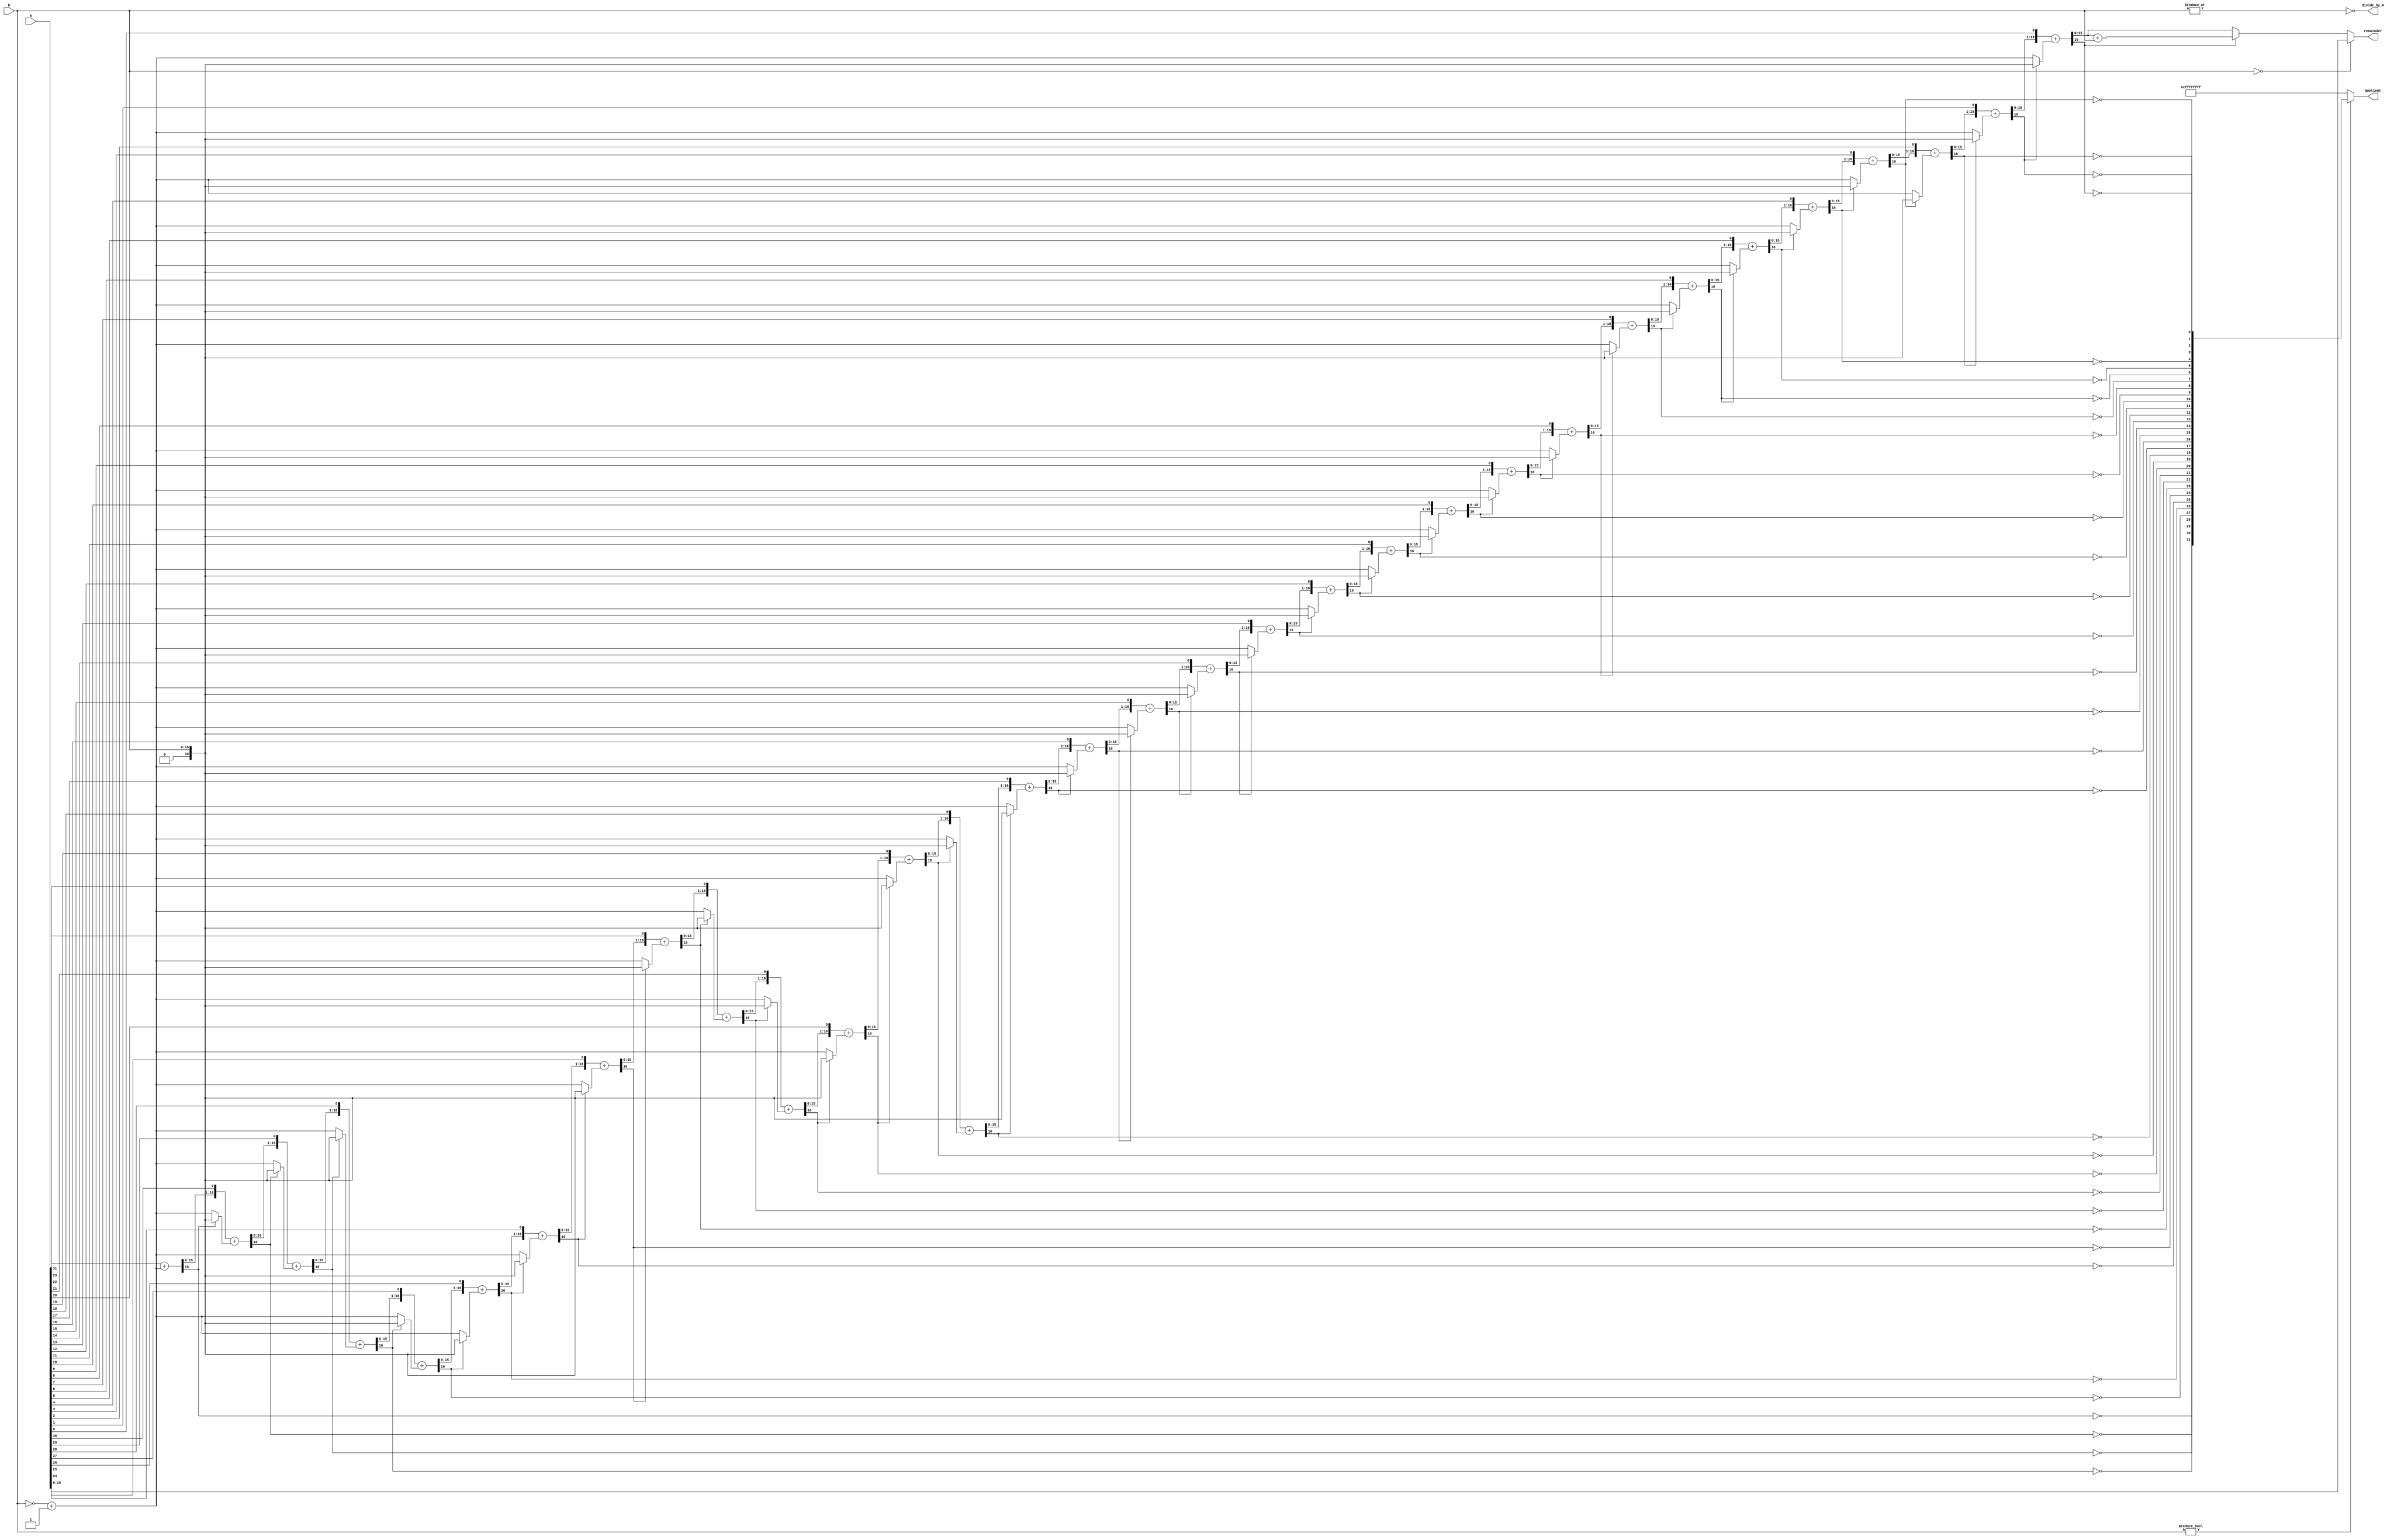


//--------------------------------------------------------------------------------------------------
//
// Title       : DW_div
// Design      : DW_div

// 
// Fixes			 : 1. Functional Mismatch when -A(max)/-1 
//							 	  Quotient and Remainder changed accordingly
//							 2. Remainder sign extended when tc_mode=1 and b=0  -- Nithin
//-------------------------------------------------------------------------------------------------
// Description : DW_div is a combinational integer divider with	both quotient and remainder outputs. 
// This component divides the dividend, a, by the divisor, b, to produce the quotient and remainder.
// Optionally, the remainder output computes the modulus.
//
// The sign of the remainder is the sign of the A input.
// The sign of the modulus is the sign of the B input.
//-------------------------------------------------------------------------------------------------
`timescale 1ns / 10ps
module DW_div (a, b, quotient, remainder, divide_by_0);
parameter a_width = 32;
parameter b_width = 16;
parameter tc_mode = 0;
parameter rem_mode = 1;

input [a_width - 1 : 0] a;
input [b_width - 1 : 0] b;

output [b_width - 1 : 0] remainder;
output [a_width - 1 : 0] quotient;
output                   divide_by_0;

//Internal signal declaration
reg [a_width - 1 : 0 ]     quotient;
reg [b_width - 1 : 0]      remainder;
wire [a_width - 1 : 0 ]    param1;
wire [b_width - 1: 0 ]     param2;
wire [a_width - 1 : 0 ]    quot;
wire [a_width - 1 : 0 ]    quotient_2s;
wire [a_width - 1 : 0 ]    temp;
wire [b_width - 1: 0 ]     mod;

//Output assignment
assign divide_by_0 = ~|b;

//Internal signal assignment
assign param1 = tc_mode ? ( a[a_width -1] ? (~a + 1'b1) : a ) : a; 
assign param2 = tc_mode ? ( b[b_width -1] ? (~b + 1'b1) : b ) : b; 

`ifdef _synplify_asic_
     assign quot = param1/param2;
     assign mod = param1 % param2; 			
`else
	assign {quot,mod} = div ( param1, param2 ); 
	/* Function to get the quotient and remainder. Shift/subtract non-restoring algorithm is implemented*/
function [ a_width + b_width - 1 : 0 ] div;
input [a_width - 1 : 0 ] a;
input [b_width - 1: 0 ] b;

reg [b_width : 0 ] sum;//width = B_width + 1
reg [a_width - 1 : 0 ] dividend;
reg [b_width : 0 ] rem_adjust;
reg [b_width : 0 ] temp_b;
reg [b_width - 1: 0 ] rem;
integer i; 

begin		
	sum = {b_width{1'b0}};
	dividend = a;
	sum[0] = a[a_width - 1]; //MSB
	dividend = dividend << 1'b1;	 
	temp_b = ~b + 1'b1;
   	sum = sum + temp_b;
	dividend[0] = ~sum[b_width];
	for ( i = 0 ; i <  a_width - 1'b1 ; i = i + 1'b1 )
		begin
			if ( sum[b_width] )// 1 = -ve, 0 = +ve
				begin
					temp_b = b; 
				end
			else
				begin
				    temp_b = ~b + 1'b1;
				end
		    sum = sum << 1'b1;
		    sum[0] = dividend[a_width - 1];
		    dividend = dividend << 1'b1;
		   	sum = sum + temp_b;
			dividend[0] = ~sum[b_width];
		end
	
	rem_adjust = sum[b_width] ? sum + b : sum;//If remainder is -ve add divisor	
	rem = rem_adjust[b_width - 1: 0];
	div = {dividend, rem} ;
end

endfunction					 

`endif 

assign quotient_2s = ~quot + 1'b1;
assign temp = (a[a_width -1] ^ b[b_width - 1]) ?
                                {1'b1,quotient_2s} : {1'b0,quot};
							
//Output assignment								
always @( a or b or mod )	
	if ( rem_mode == 1 )
		begin
			if (b == 0)
				begin
					if(tc_mode)
						remainder = $signed(a);
					else
						remainder = a;
				end
//			remainder = tc_mode ? $signed(a[b_width-1:0]) : a;
			else if (tc_mode == 1 && b == {b_width{1'b1}} &&  a == {1'b1,{a_width - 1 {1'b0}}})	
			//	remainder = {b_width{1'b1}};
				remainder = 0;
			else if ((tc_mode == 1) && ( mod != 0 ) && ( a[a_width-1] == 1)) 
				remainder = ~mod + 1'b1;  //The sign of the result is the sign of A input or B input based on rem_mode
			else
				remainder = mod;
		end
	else
		begin  
			if ( tc_mode )
				begin
					if (b == 0)
						remainder = $signed(a[b_width-1:0]);		
					else if ( (b == { b_width {1'b1}}) && ( a == {1'b1,{a_width - 1 {1'b0}}}))
				//	remainder = {b_width{1'b1}};					
						remainder = 0;	
					else
						case ({a[a_width-1],b[b_width-1]})
							2'b00: remainder = mod; 
							2'b01: if ( mod != 0)
								remainder = b + mod;				 
							else				 
								remainder = mod;
								
							2'b10: if ( mod != 0) 
								remainder = b - mod; 
							else 
								remainder = mod;	
								
							2'b11: if ( mod != 0)	
								remainder = ~mod + 1'b1; 
							else 
								remainder = mod;				
						endcase	
				end
			else 									
				begin
					if (b == 0)
						remainder = a[b_width - 1:0];
					else
						remainder = mod;	
 				end
		end	
							
//Output assignment								
always @( a or b or temp or quot )
	begin
		if ( b )
		begin
			case ( tc_mode )
				1'b1 : if ( (b == { b_width {1'b1}}) && ( a == {1'b1,{a_width - 1 {1'b0}}} ) ) //-A(max)/-1 = +A(max)
					 //   quotient = {1'b0, {(a_width - 1) {1'b1}}};
								quotient = a;			
					   else
						  quotient = temp;  
					      
				1'b0 : 	quotient = quot;		
			endcase				
		 
		end	
		else
			begin 
				/* In the SIGNED case, if A is +ve, the max. +ve value is given as the Quotient.
					                   if A is -ve, the max. -ve value is given as the Quotient.
				   In the UNSIGNED case, a binary ALL 1s is given as the Quotient
					
					Max and Min values
					For a signed BYTE ( MSB:sign, 7-bits:magnitude )
						Smallest +ve:0000 0000
						largest +ve :0111 1111 = 127
						largest -ve :1111 1111 = -1
						smallest -ve:1000 0000 = -128
					   */	   
				case ( tc_mode )
					1'b1 : quotient = a[a_width - 1] ?  {1'b1,{(a_width - 1){1'b0}}} : {1'b0, { (a_width - 1) {1'b1}}};
					1'b0 : quotient = {a_width{1'b1}}; 					  
				endcase
			end
	end	

endmodule